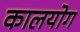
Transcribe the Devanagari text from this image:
कालयोग